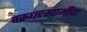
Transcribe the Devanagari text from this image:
चक्रधरस्वामींचा